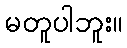
မတူပါဘူး။